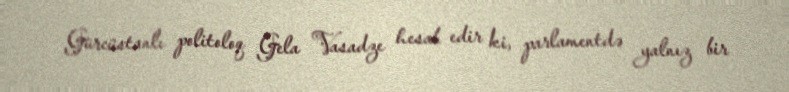
Gürcüstanlı politoloq Gela Vasadze hesab edir ki, parlamentdə yalnız bir